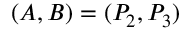
( A , B ) = ( P _ { 2 } , P _ { 3 } )